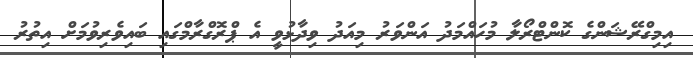
އިމިގްރޭޝަންގެ ކޮންޓްރޯލާ މުހައްމަދު އަންވަރު މިއަދު ވިދާޅުވީ އެ ޕްރޮގްރާމްގައި ބައިވެރިވުމަށް އިތުރު